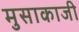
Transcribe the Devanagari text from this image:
मुसाकाजी